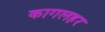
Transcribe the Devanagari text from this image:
कागलहर